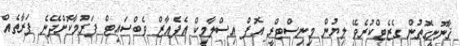
ޤާނޫނީގޮތުން ގެޒެޓްކުރެވޭ ލިޔުން މިނިސްޓްރީ އޮފް އިސްލާމިކް އެފެއާޒް ވެބްސައިޓް ފަރުމާކޮށްދޭނެ ފަރާތެއް